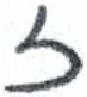
אות: ז